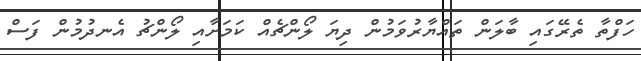
ހަފްތާ ތެރޭގައި ބާލަން ތައްޔާރުވަމުން ދިޔަ ލޯންޗެއް ކަމަށާއި ލޯންޗު އެނދުމުން ފަސް